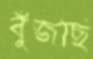
বুঁজছি